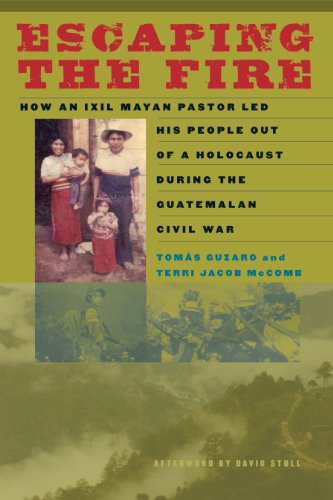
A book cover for Escaping the Fire: How an Ixil Mayan Pastor Led His People Out of a Holocaust During the Guatemalan Civil War; TomÃ¡s Guzaro; History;